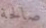
صالحة